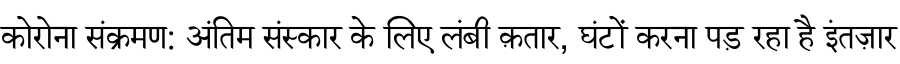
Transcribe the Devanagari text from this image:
कोरोना संक्रमण: अंतिम संस्कार के लिए लंबी क़तार, घंटों करना पड़ रहा है इंतज़ार